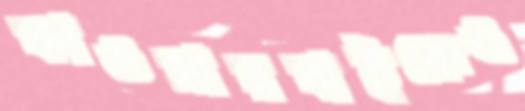
কাওসারবাইকেও